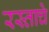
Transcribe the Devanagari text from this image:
रस्ताचे